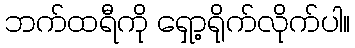
ဘက်ထရီကို ရှော့ရိုက်လိုက်ပါ။